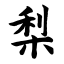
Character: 梨